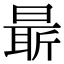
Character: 𣉛